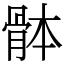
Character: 骵